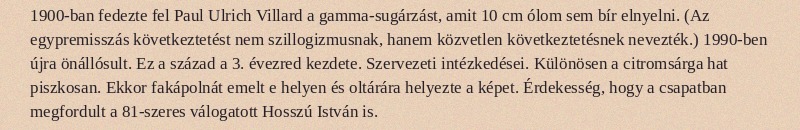
1900-ban fedezte fel Paul Ulrich Villard a gamma-sugárzást, amit 10 cm ólom sem bír elnyelni. (Az egypremisszás következtetést nem szillogizmusnak, hanem közvetlen következtetésnek nevezték.) 1990-ben újra önállósult. Ez a század a 3. évezred kezdete. Szervezeti intézkedései. Különösen a citromsárga hat piszkosan. Ekkor fakápolnát emelt e helyen és oltárára helyezte a képet. Érdekesség, hogy a csapatban megfordult a 81-szeres válogatott Hosszú István is.